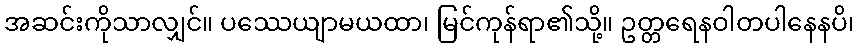
အဆင်းကိုသာလျှင်။ ပဿေယျာမယထာ၊ မြင်ကုန်ရာ၏သို့။ ဥတ္တရေနဝါတပါနေနပိ၊